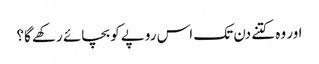
اور وہ کتنے دن تک اس روپے کو بچائے رکھے گا؟